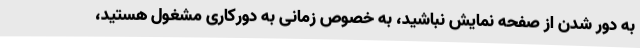
به دور شدن از صفحه نمایش نباشید، به خصوص زمانی به دورکاری مشغول هستید،